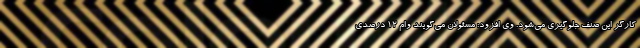
کارگر این صنف جلوگیری می‌شود. وی افزود: مسئولان می‌گویند وام 12 درصدی